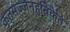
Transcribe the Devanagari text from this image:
कृतसज्जनहृन्निकेत